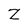
Character: Z